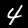
Label: 4